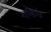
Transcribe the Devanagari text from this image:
शक्तिचे